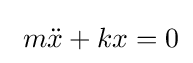
\ m{\ddot {x}}+kx=0